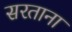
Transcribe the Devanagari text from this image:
सरताना